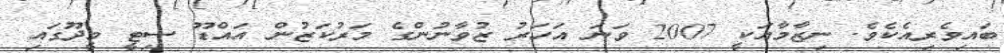
ބައިވެރިއެކެވެ. ނިޒާމާއަކީ 2007 ވަނަ އަހަރު ޒުވާނުންގެ މަރުކަޒުން އައްޑޫ ސިޓީ މީދޫގައި